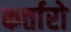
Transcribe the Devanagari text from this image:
कर्त्तारो